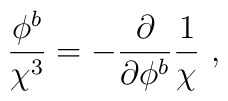
\frac{\phi^{b}}{\chi^{3}} = - \frac{\partial}{\partial\phi^{b}} \frac{1}{\chi}  \ ,